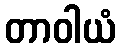
တာဝါယံ